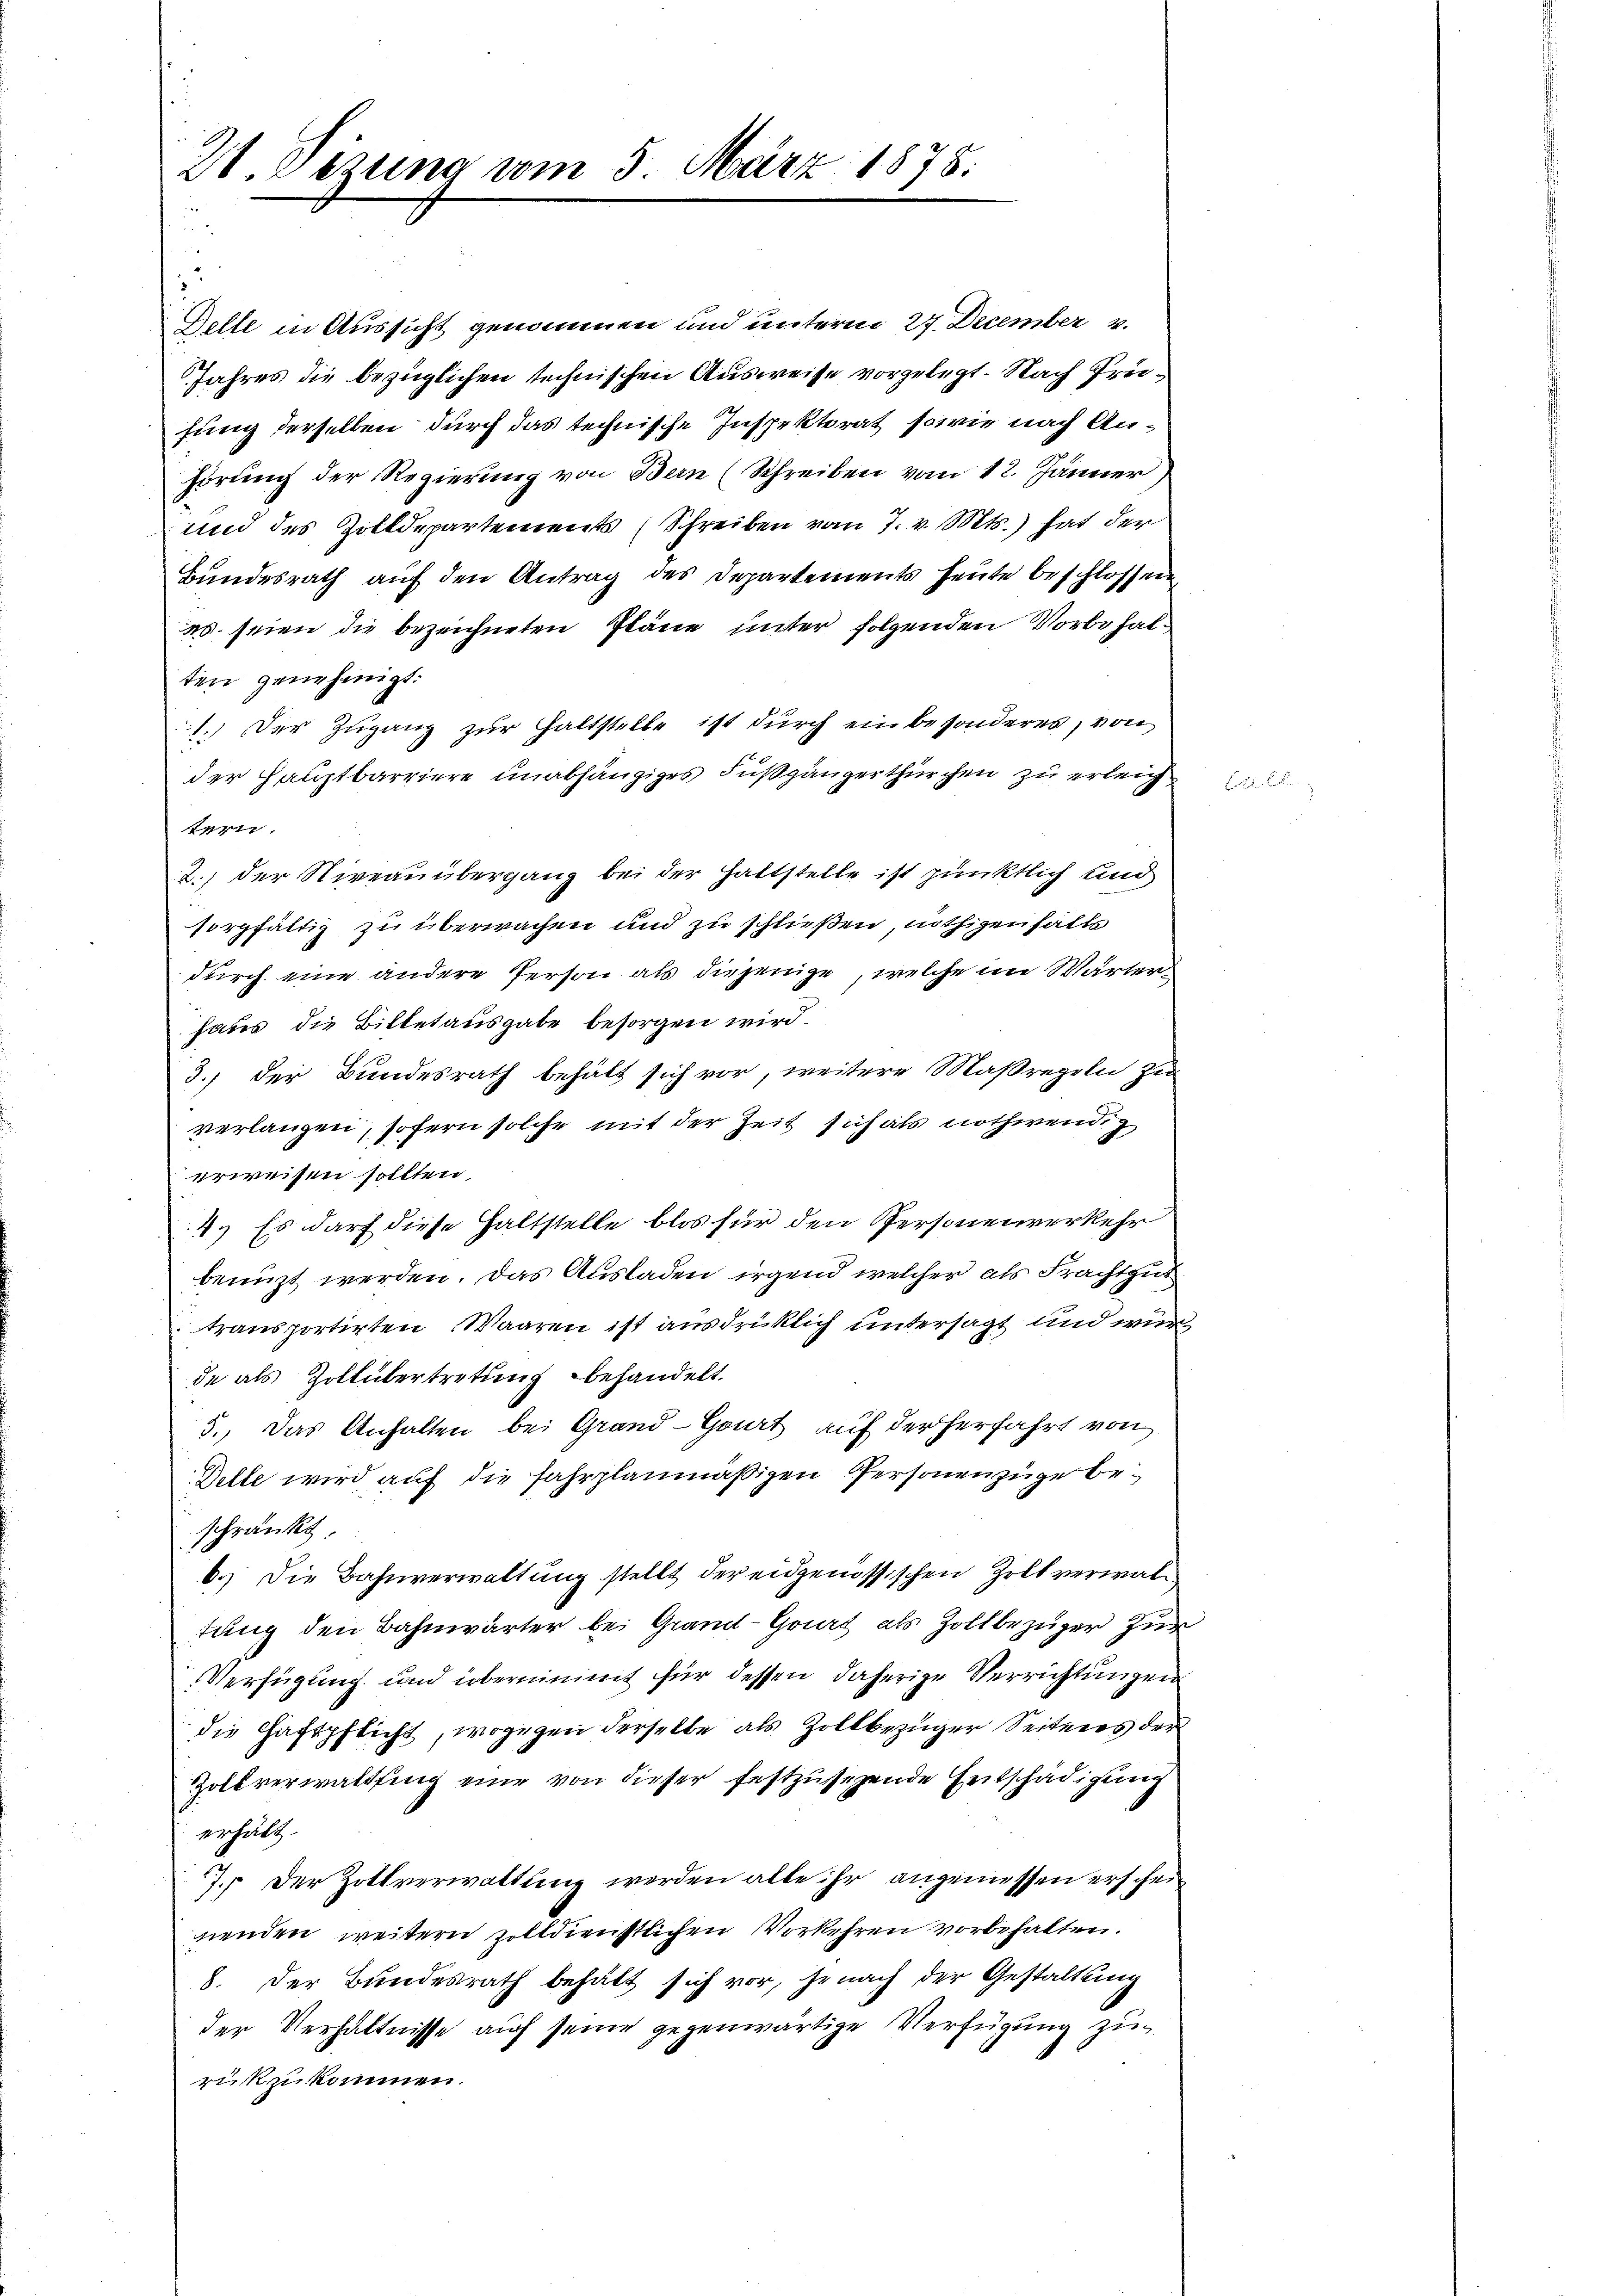
21. Sizung vom 5. März 1878.

Gelle in Aussicht genommen und unterm 27. December v.
Jahres die bezüglichen technischen Ausweise vorgelegt. Nach Prüfung derselben durch das technische Inspektorat, sowie nach Anhörung der Regierung von Bern (Schreiben vom 12. Jänner)
und des Zolldepartements (Schreiben vom 7. v. Mts.) hat der
Bundesrath auf den Antrag des Departements heute beschlossen
ws. seien die bezeichneten Pläne unter folgenden Vorbehalten genehmigt:
1.) Der Zugang zur Haltstelle ist durch ein besonderes, von
der Hauptbarriere unabhängiges Fußgängerthürchen zu erleichtern.
2., der Niveauübergang bei der haltstelle ist pünktlich und
sorgfältig zu überwachen und zu schließen, nöthigen halte
durch eine andere Person als diejenige, welche im Wärter
haus die Bittetausgabe besorgen wird.
3.) Der Bundesrath behält sich vor, weitere Maßregeln zur
verlangen, sofern solche mit der Zeit sich als nothwendig
erweisen sollten,
4.) Es darf diese Haltstelle blos für den Personenverkehr
benuzt werden. Das Ausladen irgend welcher als Frachtgut
transportirten Waaren ist ausdrücklich untersagt und wir
de als Zoltübertretung behandelt.
3.) Das Anhalten bei Grand-Gart auf der Herfahrt von
Delle wird auf die Fahrplanmäßigen Personenzüge beschränkt
b.) Die Bahnverwaltung stellt der eidgenössischen Zollverwaltung den Bahnwärter bei Grand-Gaat als Zollbezüger zur
Verfügung und übernimmt für dessen daherige Verrichtungen
die Haftpflicht, wogegen derselbe als Zollbezüger Seiteres der
Zolkverwaltung eine von dieser festzusehende Entschädigung
erhält.
7. Der Zollverwaltung werden alte ihr angemessen erscheinenden, weitern zolldienstlichen Vorkehren vorbehalten.
8. Der Bundesrath behält sich vor, jenach der Gestaltung
der Verhältnisse auch seine gegenwärtige Verfügung zu
rückzukommen.